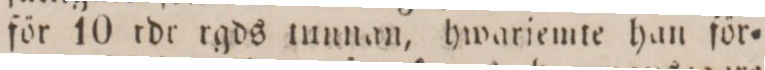
för 10 rdr rgds tunnan, hwariemte han för=